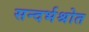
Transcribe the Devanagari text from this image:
सन्दर्भश्रोत